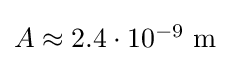
{\textstyle A\approx 2.4\cdot 10^{-9}\ \mathrm {m} }